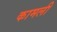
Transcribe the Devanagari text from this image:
कामली